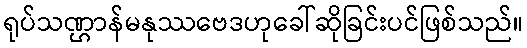
ရုပ်သဏ္ဌာန်မနုဿဗေဒဟုခေါ်ဆိုခြင်းပင်ဖြစ်သည်။